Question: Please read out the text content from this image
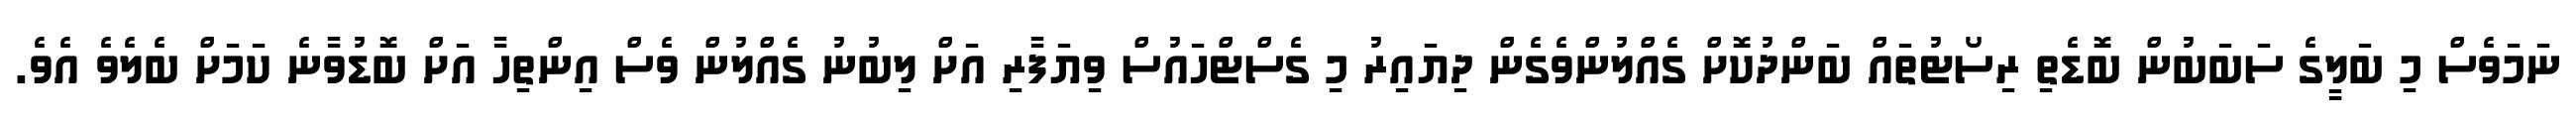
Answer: ނަމަވެސް މި ބަލީގެ ސަބަބުން ބޮޑެތި ރިސޯޓުތައް ބަންދުކޮށް ގެއްލުންވެގެން ދިޔައިރު މި ގެސްޓްހައުސް ވިޔަފާރި އަށް ލިބުނު ގެއްލުން ވެސް އިންތިހާ އަށް ބޮޑުވާނެ ކަމަށް ބެލެވެ އެވެ.